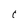
Character: C